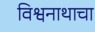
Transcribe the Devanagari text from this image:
विश्वनाथाचा